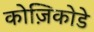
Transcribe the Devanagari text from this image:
कोज़िकोडे